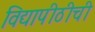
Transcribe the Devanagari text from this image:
विद्यापीठीची